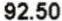
92.50